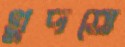
খুদতে